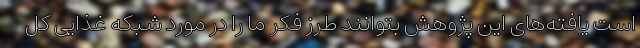
است یافته‌های این پژوهش بتوانند طرز فکر ما را در مورد شبکه غذایی کل